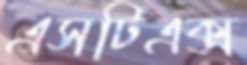
এসটিএক্স